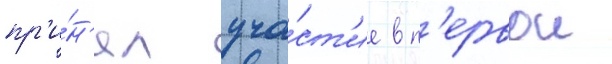
пр'и́н'ял уча́ст'ие в п'ервои